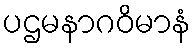
ပဌမနာဂဝိမာနံ